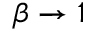
\beta \rightarrow 1